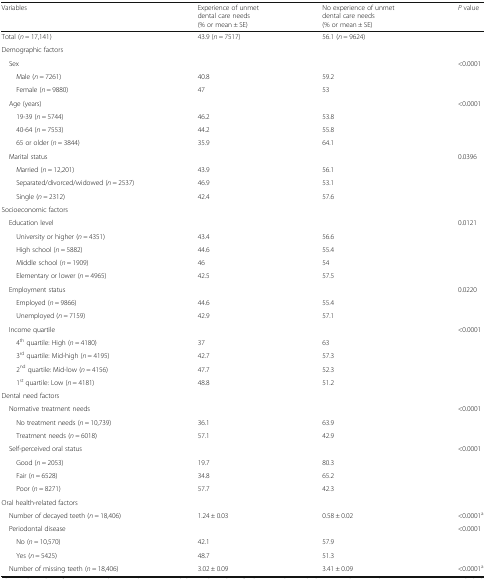
<table><thead><tr><td><b>Variables</b></td><td><b>Experience of unmet dental care needs(% or mean ± SE)</b></td><td><b>No experience of unmet dental care needs(% or mean ± SE)</b></td><td><b><i>P</i> value</b></td></tr></thead><tbody><tr><td>Total (<i>n</i> = 17,141)</td><td>43.9 (<i>n</i> = 7517)</td><td>56.1 (<i>n</i> = 9624)</td><td></td></tr><tr><td colspan="4">Demographic factors</td></tr><tr><td> Sex</td><td></td><td></td><td>&lt;0.0001</td></tr><tr><td>Male (<i>n</i> = 7261)</td><td>40.8</td><td>59.2</td><td></td></tr><tr><td>Female (<i>n</i> = 9880)</td><td>47</td><td>53</td><td></td></tr><tr><td> Age (years)</td><td></td><td></td><td>&lt;0.0001</td></tr><tr><td>19-39 (<i>n</i> = 5744)</td><td>46.2</td><td>53.8</td><td></td></tr><tr><td>40-64 (<i>n</i> = 7553)</td><td>44.2</td><td>55.8</td><td></td></tr><tr><td>65 or older (<i>n</i> = 3844)</td><td>35.9</td><td>64.1</td><td></td></tr><tr><td> Marital status</td><td></td><td></td><td>0.0396</td></tr><tr><td>Married (<i>n</i> = 12,201)</td><td>43.9</td><td>56.1</td><td></td></tr><tr><td>Separated/divorced/widowed (<i>n</i> = 2537)</td><td>46.9</td><td>53.1</td><td></td></tr><tr><td>Single (<i>n</i> = 2312)</td><td>42.4</td><td>57.6</td><td></td></tr><tr><td colspan="4">Socioeconomic factors</td></tr><tr><td> Education level</td><td></td><td></td><td>0.0121</td></tr><tr><td>University or higher (<i>n</i> = 4351)</td><td>43.4</td><td>56.6</td><td></td></tr><tr><td>High school (<i>n</i> = 5882)</td><td>44.6</td><td>55.4</td><td></td></tr><tr><td>Middle school (<i>n</i> = 1909)</td><td>46</td><td>54</td><td></td></tr><tr><td>Elementary or lower (<i>n</i> = 4965)</td><td>42.5</td><td>57.5</td><td></td></tr><tr><td> Employment status</td><td></td><td></td><td>0.0220</td></tr><tr><td>Employed (<i>n</i> = 9866)</td><td>44.6</td><td>55.4</td><td></td></tr><tr><td>Unemployed (<i>n</i> = 7159)</td><td>42.9</td><td>57.1</td><td></td></tr><tr><td> Income quartile</td><td></td><td></td><td>&lt;0.0001</td></tr><tr><td>4<sup>th</sup> quartile: High (<i>n</i> = 4180)</td><td>37</td><td>63</td><td></td></tr><tr><td>3<sup>rd</sup> quartile: Mid-high (<i>n</i> = 4195)</td><td>42.7</td><td>57.3</td><td></td></tr><tr><td>2<sup>nd</sup> quartile: Mid-low (<i>n</i> = 4156)</td><td>47.7</td><td>52.3</td><td></td></tr><tr><td>1<sup>st</sup> quartile: Low (<i>n</i> = 4181)</td><td>48.8</td><td>51.2</td><td></td></tr><tr><td colspan="4">Dental need factors</td></tr><tr><td> Normative treatment needs</td><td></td><td></td><td>&lt;0.0001</td></tr><tr><td>No treatment needs (<i>n</i> = 10,739)</td><td>36.1</td><td>63.9</td><td></td></tr><tr><td>Treatment needs (<i>n</i> = 6018)</td><td>57.1</td><td>42.9</td><td></td></tr><tr><td> Self-perceived oral status</td><td></td><td></td><td>&lt;0.0001</td></tr><tr><td>Good (<i>n</i> = 2053)</td><td>19.7</td><td>80.3</td><td></td></tr><tr><td>Fair (<i>n</i> = 6528)</td><td>34.8</td><td>65.2</td><td></td></tr><tr><td>Poor (<i>n</i> = 8271)</td><td>57.7</td><td>42.3</td><td></td></tr><tr><td colspan="4">Oral health-related factors</td></tr><tr><td> Number of decayed teeth (<i>n</i> = 18,406)</td><td>1.24 ± 0.03</td><td>0.58 ± 0.02</td><td>&lt;0.0001<sup>a</sup></td></tr><tr><td> Periodontal disease</td><td></td><td></td><td>&lt;0.0001</td></tr><tr><td>No (<i>n</i> = 10,570)</td><td>42.1</td><td>57.9</td><td></td></tr><tr><td>Yes (<i>n</i> = 5425)</td><td>48.7</td><td>51.3</td><td></td></tr><tr><td> Number of missing teeth (<i>n</i> = 18,406)</td><td>3.02 ± 0.09</td><td>3.41 ± 0.09</td><td>&lt;0.0001<sup>a</sup></td></tr></tbody></table>